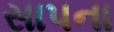
સાપના